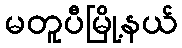
မတူပီမြို့နယ်